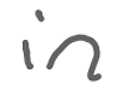
Text: in
Cross-out: clean
Writing tool: digital_gray